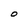
Character: O